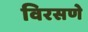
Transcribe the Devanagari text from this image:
विरसणे